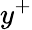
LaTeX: y^{+}